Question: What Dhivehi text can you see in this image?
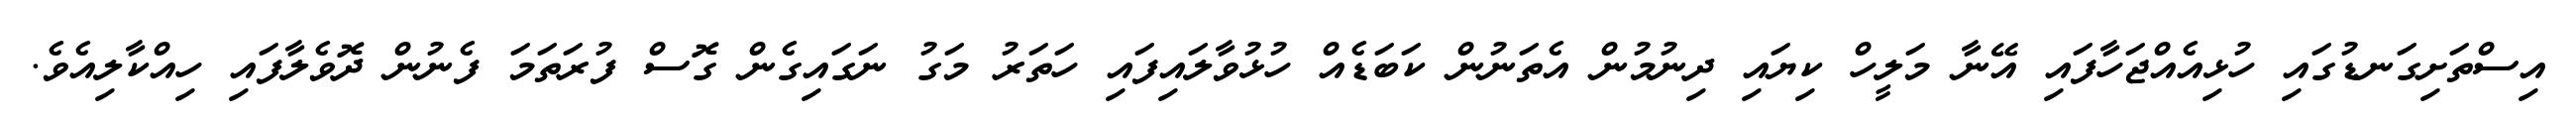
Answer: އިސްތަށިގަނޑުގައި ހުޅިއެއްޖަހާފައި އޭނާ މަލީހް ކިޔައި ދިނުމުން އެތަނުން ކަބަޑެއް ހުޅުވާލައިފައި ހަތަރު މަގު ނަގައިގެން ގޮސް ފުރަތަމަ ފެނުން ދޮވެލާފައި ހިއްކާލިއެވެ.